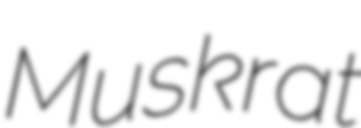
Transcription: Muskrat